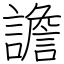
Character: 譫